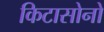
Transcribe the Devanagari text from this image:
किटासोनो